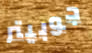
جوبيتر